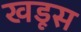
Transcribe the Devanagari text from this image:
खडूस